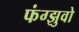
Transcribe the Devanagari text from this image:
फंग्झुवो